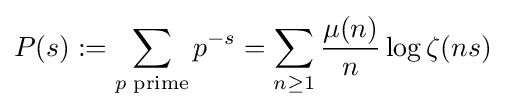
P(s):=\sum _{p{\text{ prime}}}p^{-s}=\sum _{n\geq 1}{\frac {\mu (n)}{n}}\log \zeta (ns)